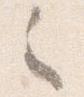
之